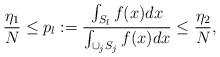
LaTeX: \begin{align*}\frac{\eta_1}{N} \leq p_l := \frac{\int_{S_l} f(x) dx}{\int_{\cup_j S_j} f(x) dx} \leq \frac{\eta_2}{N},\end{align*}